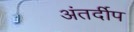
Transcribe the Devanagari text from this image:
अंतर्दीप